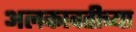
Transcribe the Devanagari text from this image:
अलकावतीच्या